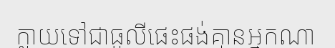
ក្លាយទៅជាធូលីផេះផង់គ្មានអ្នកណា